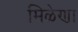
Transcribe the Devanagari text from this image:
मिळेणा